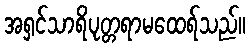
အရှင်သာရိပုတ္တရာမထေရ်သည်။